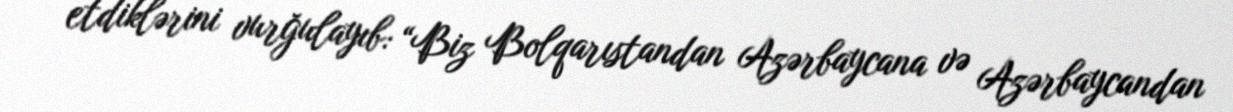
etdiklərini vurğulayıb: “Biz Bolqarıstandan Azərbaycana və Azərbaycandan